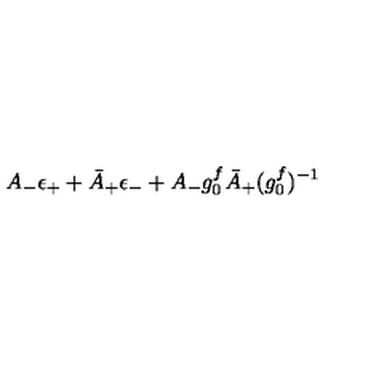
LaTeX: A _ { - } \epsilon _ { + } + \bar { A } _ { + } \epsilon _ { - } + A _ { - } g _ { 0 } ^ { f } \bar { A } _ { + } ( { g _ { 0 } ^ { f } } ) ^ { - 1 }